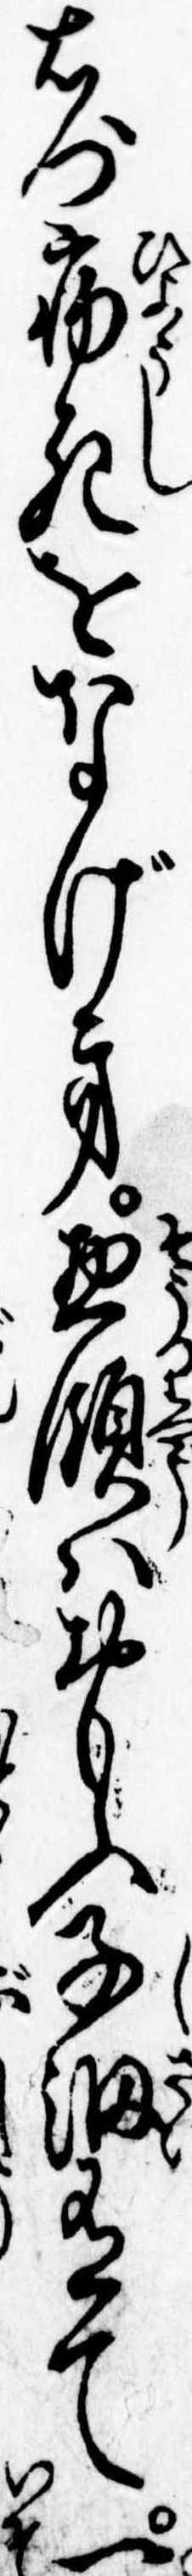
右門病死をなげき惣領はおもふ子細有て一